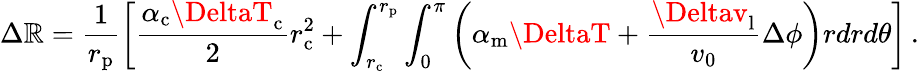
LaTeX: \Delta\mathbb{R}=\frac{{1}}{{r_{\mathrm{{p}}}}}\left[\frac{{\alpha_{\mathrm{{c}}}\DeltaT_{\mathrm{{c}}}}}{{2}}r_{\mathrm{{c}}}^{2}+\int_{r_{\mathrm{{c}}}}^{r_{\mathrm{{p}}}}\int_{0}^{\pi}\left(\alpha_{\mathrm{{m}}}\DeltaT+\frac{{\Deltav_{\mathrm{{l}}}}}{{v_{\mathrm{{0}}}}}\Delta\phi\right)rdrd\theta\right]\, .